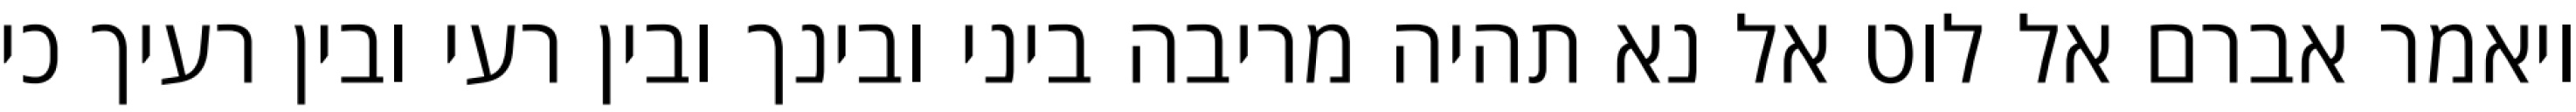
ויאמר אברם אל לוט אל נא תהיה מריבה ביני ובינך ובין רעי ובין רעיך כי